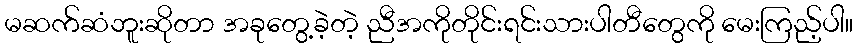
မဆက်ဆံဘူးဆိုတာ အခုတွေ့ခဲ့တဲ့ ညီအကိုတိုင်းရင်းသားပါတီတွေကို မေးကြည့်ပါ။